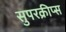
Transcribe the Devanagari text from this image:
सुपरक्रीप्स